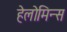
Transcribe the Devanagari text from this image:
हेलोमिन्स